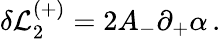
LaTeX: \delta{\cal L}_{2}^{(+)}=2A_{-}\partial_{+}\alpha\, .